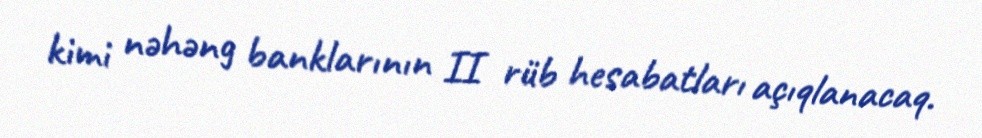
kimi nəhəng banklarının II rüb hesabatları açıqlanacaq.